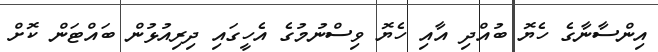
އިންސާނާގެ ހެޔޮ ބުއްދި އާއި ހެޔޮ ވިސްނުމުގެ އެހީގައި ދިރިއުޅުން ބައްޓަން ކޮށް